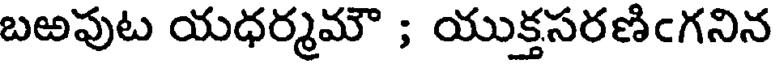
బఱపుట యధర్మమౌ ; యుక్తసరణిఁగనిన